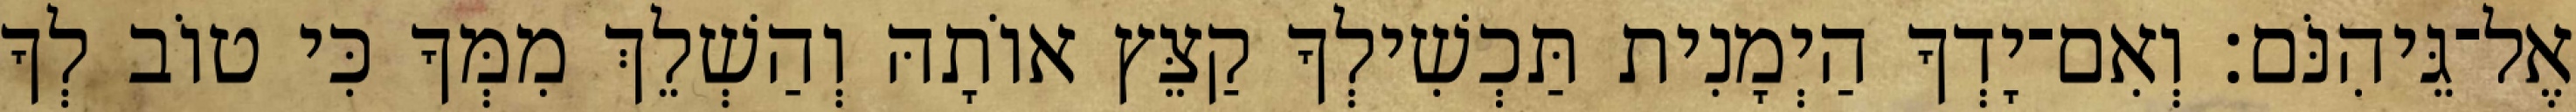
אֶל־גֵּיהִנֹּם׃ וְאִם־יָדְךָ הַיְמָנִית תַּכְשִׁילְךָ קַצֵּץ אוֹתָהּ וְהַשְׁלֵךְ מִמְּךָ כִּי טוֹב לְךָ